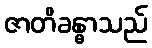
ဇာတိခန္ဓာသည်